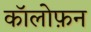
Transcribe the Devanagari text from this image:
कॉलोफ़न